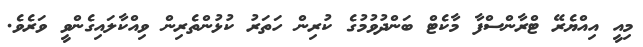
މިއީ އިއްޔެރޭ ޓްރާންސްފާ މާކެޓް ބަންދުވުމުގެ ކުރިން ހަތަރު ކުޅުންތެރިން ވިއްކާލައިގެންވީ ވަރެވެ.